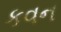
કવન